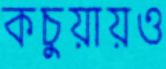
কচুয়ায়ও